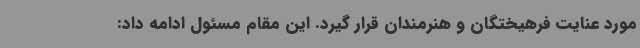
مورد عنایت فرهیختگان و هنرمندان قرار گیرد. این مقام مسئول ادامه داد: